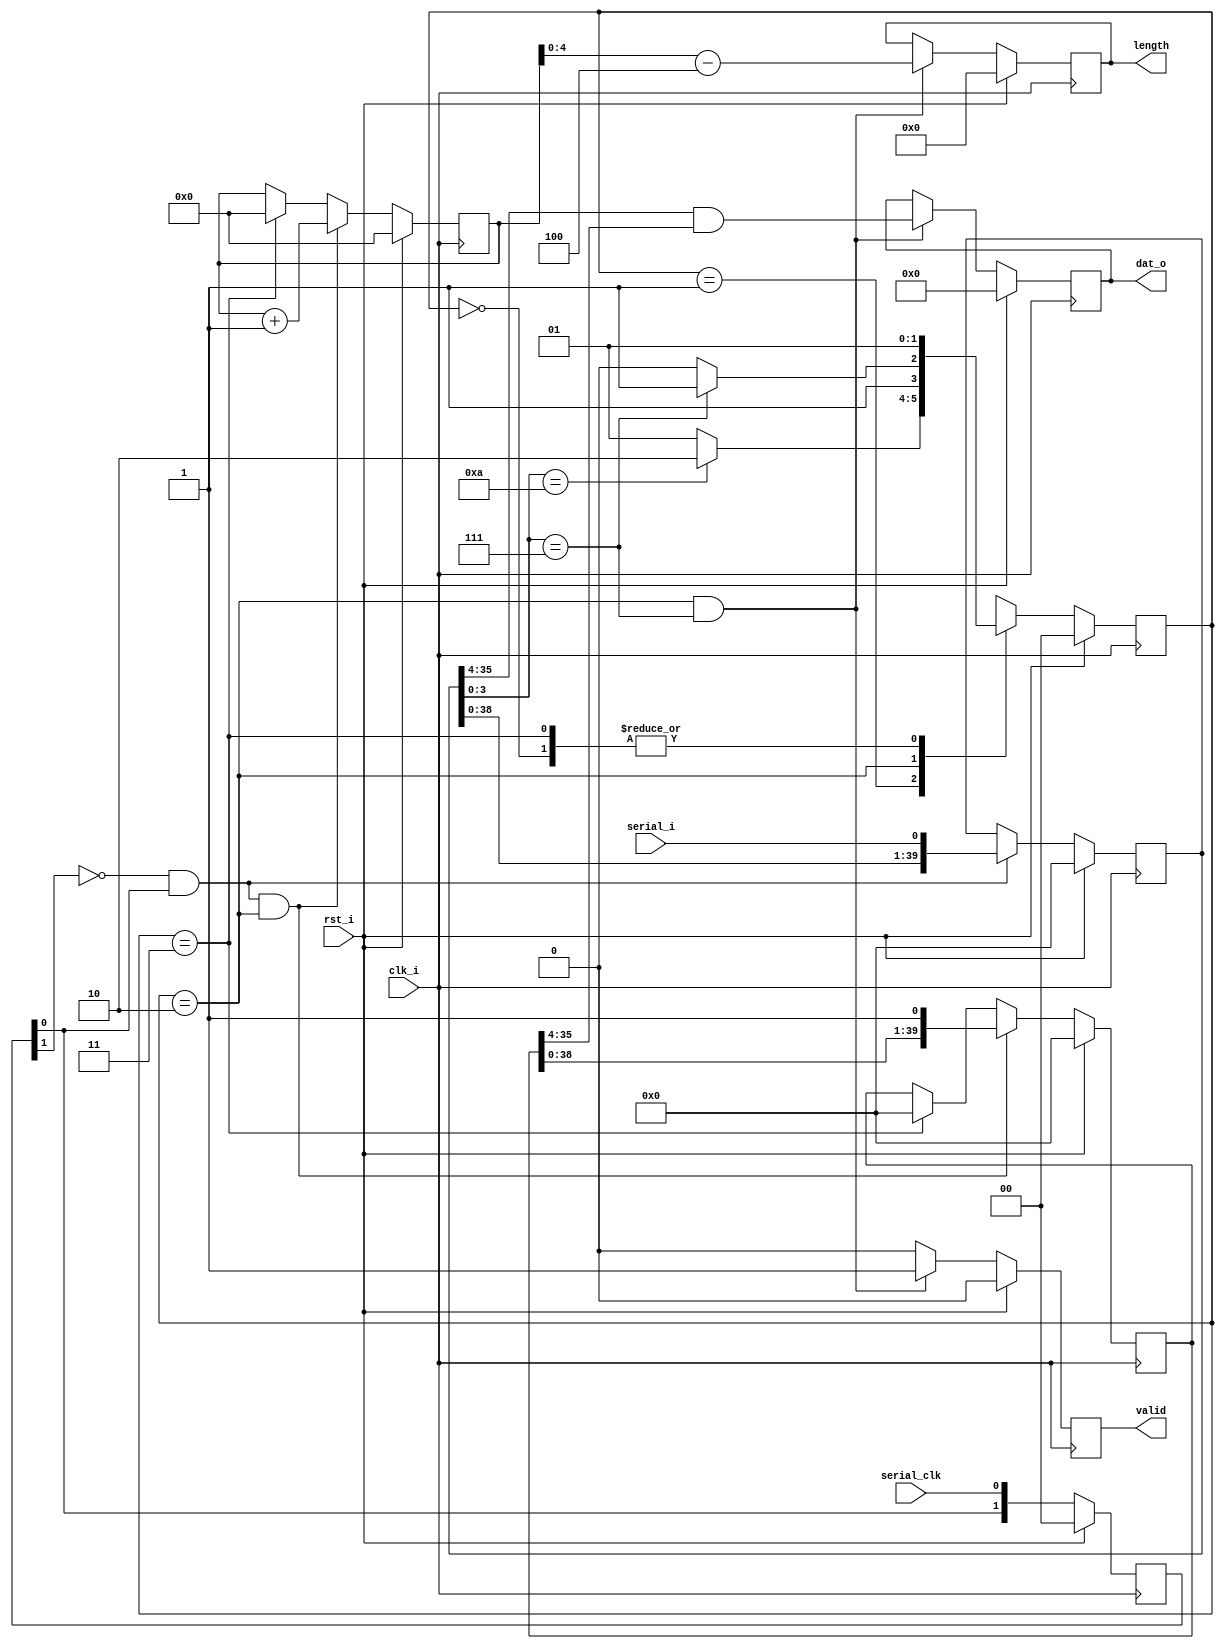
module deserial (/*AUTOARG*/
   // Outputs
   dat_o, length, valid,
   // Inputs
   clk_i, rst_i, serial_clk, serial_i
   );


   // General
   input clk_i;
   input rst_i;

   // IN
   input serial_clk; // Serial Data Line
   input serial_i;  // CLK
   
   //Out
   output [31:0] dat_o; // 32 Bit Data Word
   output [4:0]  length; // 5-bit data word length
   output 	 valid; // Data Valid
   
   
   localparam HEADER=4'b1010;
   localparam FOOTER=4'b0111;
   
   localparam idle=2'b00;
   localparam head=2'b01; // Read Random number generator
   localparam data=2'b10; // Serially output header & data
   localparam foot=2'b11; // serially output footer
   

   /*AUTOREG*/
   // Beginning of automatic regs (for this module's undeclared outputs)
   reg [31:0]		dat_o;
   reg [4:0]		length;
   reg			valid;
   // End of automatics


  // Sampling Circuit used to sample the serial clk in

   reg [1:0] 		rSAMPLE;
   always @(posedge clk_i)
     begin
	if(rst_i)
	  begin
	     /*AUTORESET*/
	     // Beginning of autoreset for uninitialized flops
	     rSAMPLE <= 2'h0;
	     // End of automatics
	  end
	else 
	  begin
	     rSAMPLE <= {rSAMPLE[0], serial_clk};
	  end
     end

   // Flags for sampling register

   wire   fPOSEDGE;

   assign fPOSEDGE = !rSAMPLE[1] & rSAMPLE[0];

   
   // STATE MACHINE
   reg [1:0] 		state;
   reg [5:0] 		cnt;
   
   always @(posedge clk_i)
     if(rst_i)
       state <= idle;
       /*AUTORESET*/
     else 
       state <= next_state;

   reg [1:0] 		next_state;
   
   always @(/*AUTOSENSE*/fFOOT or fHEAD or state)
     begin
	case (state)
	  idle : next_state <= head;
	  head : next_state <= (fHEAD) ? data : head;
	  data : next_state <= (fFOOT) ? foot : data;
	  foot : next_state <= head;
	endcase // case (state)
     end

   reg [39:0] rSHIFT; // Shift in register
   
   always @(posedge clk_i)
     begin
	if(rst_i)
	  begin
	     /*AUTORESET*/
	     // Beginning of autoreset for uninitialized flops
	     rSHIFT <= 40'h0;
	     // End of automatics
	  end
	else if (fPOSEDGE)
	  rSHIFT <= {rSHIFT[38:0] , serial_i};
     end

   reg [39:0] rMASK; // Shift in register
   
   always @(posedge clk_i)
     begin
	if(rst_i)
	  begin
	     /*AUTORESET*/
	     // Beginning of autoreset for uninitialized flops
	     rMASK <= 40'h0;
	     // End of automatics
	  end
	else if (fPOSEDGE & (state == data))
	  rMASK <= {rMASK[38:0] , 1'b1};
	else if(state == foot)
	  rMASK <= 40'd0;
     end

   
   // Counter - Preloadable 
   always @(posedge clk_i)
     begin
	if(rst_i)
	  begin
	     /*AUTORESET*/
	     // Beginning of autoreset for uninitialized flops
	     cnt <= 6'h0;
	     // End of automatics
	  end
	else if(fPOSEDGE & (state == data)) // Load
	  cnt <= cnt + 1'b1;
	else if (state == foot)
	  cnt <= 6'h00;
     end // always @ (posedge clk_i)

   // Data flags
   wire fHEAD;
   wire fFOOT;

   assign fHEAD = (rSHIFT[3:0] == HEADER);
   assign fFOOT = (rSHIFT[3:0] == FOOTER);
   
   // ACK signal

   always @(posedge clk_i)
     if(rst_i)
       /*AUTORESET*/
       // Beginning of autoreset for uninitialized flops
       valid <= 1'h0;
       // End of automatics
     else if ((state == data) & fFOOT)
       valid <= 1'b1;
     else 
       valid <= 1'b0;
   
   // output registers

   always @(posedge clk_i)
     if(rst_i)
       begin
	  /*AUTORESET*/
	  // Beginning of autoreset for uninitialized flops
	  dat_o <= 32'h0;
	  length <= 5'h0;
	  // End of automatics
       end
     else if ((state == data) & fFOOT)
       begin
	  dat_o <= rSHIFT[35:4] & rMASK[35:4];
	  length <= cnt - 3'b100;
       end

 
 
endmodule